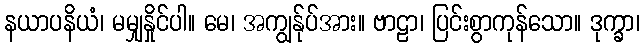
နယာပနိယံ၊ မမျှနှိုင်ပါ။ မေ၊ အကျွန်ုပ်အား။ ဗာဠာ၊ ပြင်းစွာကုန်သော။ ဒုက္ခာ၊